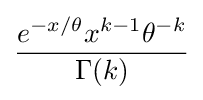
{\frac {e^{-x/\theta }x^{k-1}\theta ^{-k}}{\Gamma (k)}}